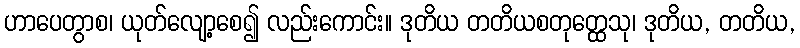
ဟာပေတွာစ၊ ယုတ်လျော့စေ၍ လည်းကောင်း။ ဒုတိယ တတိယစတုတ္ထေသု၊ ဒုတိယ, တတိယ,